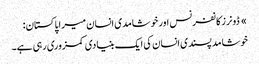
» ڈونرز کانفرنس اور خوشامدی انسان میرا پاکستان:
خوشامد پسندی انسان کی ایک بنیادی کمزوری رہی ہے۔